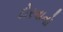
દોરવાનો